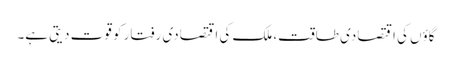
گاؤں کی اقتصادی طاقت، ملک کی اقتصادی رفتار کو قوت دیتی ہے۔